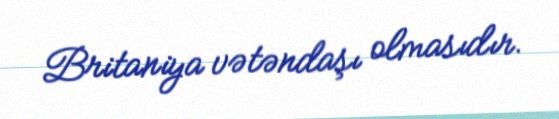
Britaniya vətəndaşı olmasıdır.